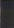
Hos undertecknad finnes till ſalu wackra